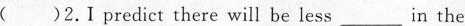
( )2.Ⅰ predict there will be less___in the